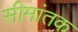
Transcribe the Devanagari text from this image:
सीमांतक